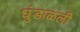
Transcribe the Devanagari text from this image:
धुंडाळली